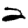
Digit: 2